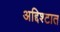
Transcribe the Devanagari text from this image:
अद्दिश्टात